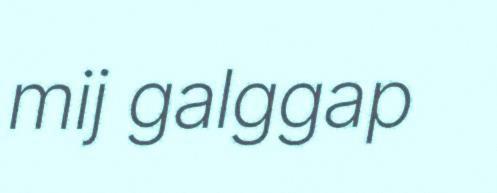
mij galggap